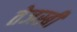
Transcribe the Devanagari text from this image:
तेजस्बी